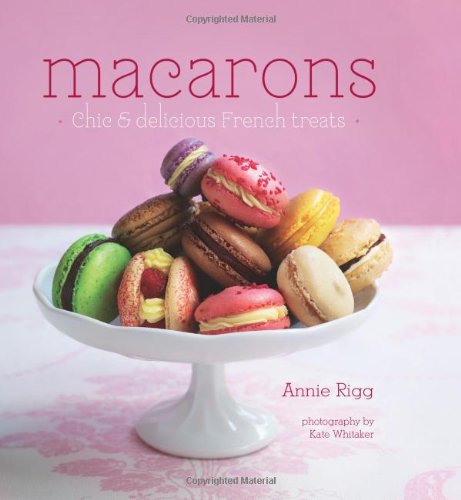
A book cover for Macarons; Annie Rigg; Cookbooks, Food & Wine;